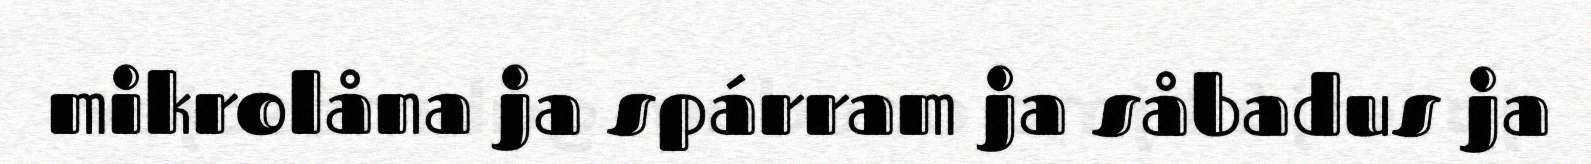
mikrolåna ja spárram ja såbadus ja